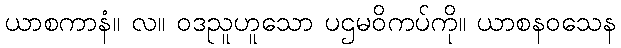
ယာစကာနံ။ လ။ ဝဒညူဟူသော ပဌမဝိကပ်ကို။ ယာစနဝသေန